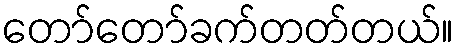
တော်တော်ခက်တတ်တယ်။